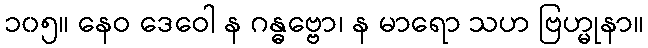
၁၀၅။ နေဝ ဒေဝေါ န ဂန္ဓဗ္ဗော၊ န မာရော သဟ ဗြဟ္မုနာ။